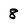
Character: 8